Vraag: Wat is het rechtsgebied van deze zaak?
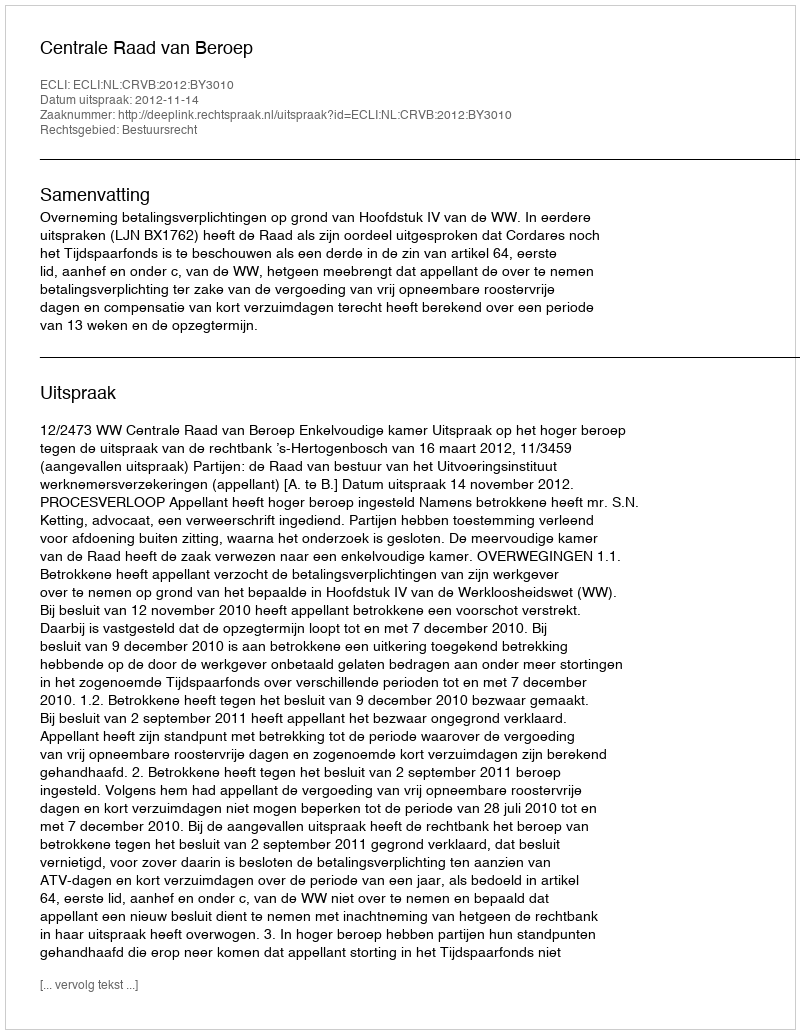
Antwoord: Bestuursrecht